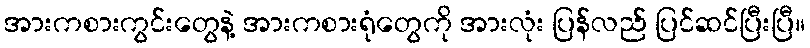
အားကစားကွင်းတွေနဲ့ အားကစားရုံတွေကို အားလုံး ပြန်လည် ပြင်ဆင်ပြီးပြီ။